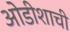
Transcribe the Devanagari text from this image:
ओडीशाची